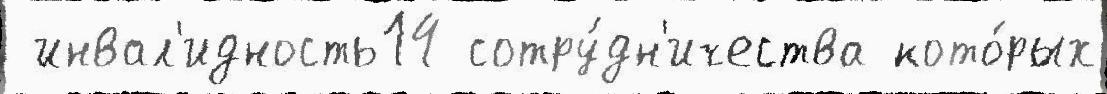
 инвал'идность14 сотру́дн'ичества кото́рых